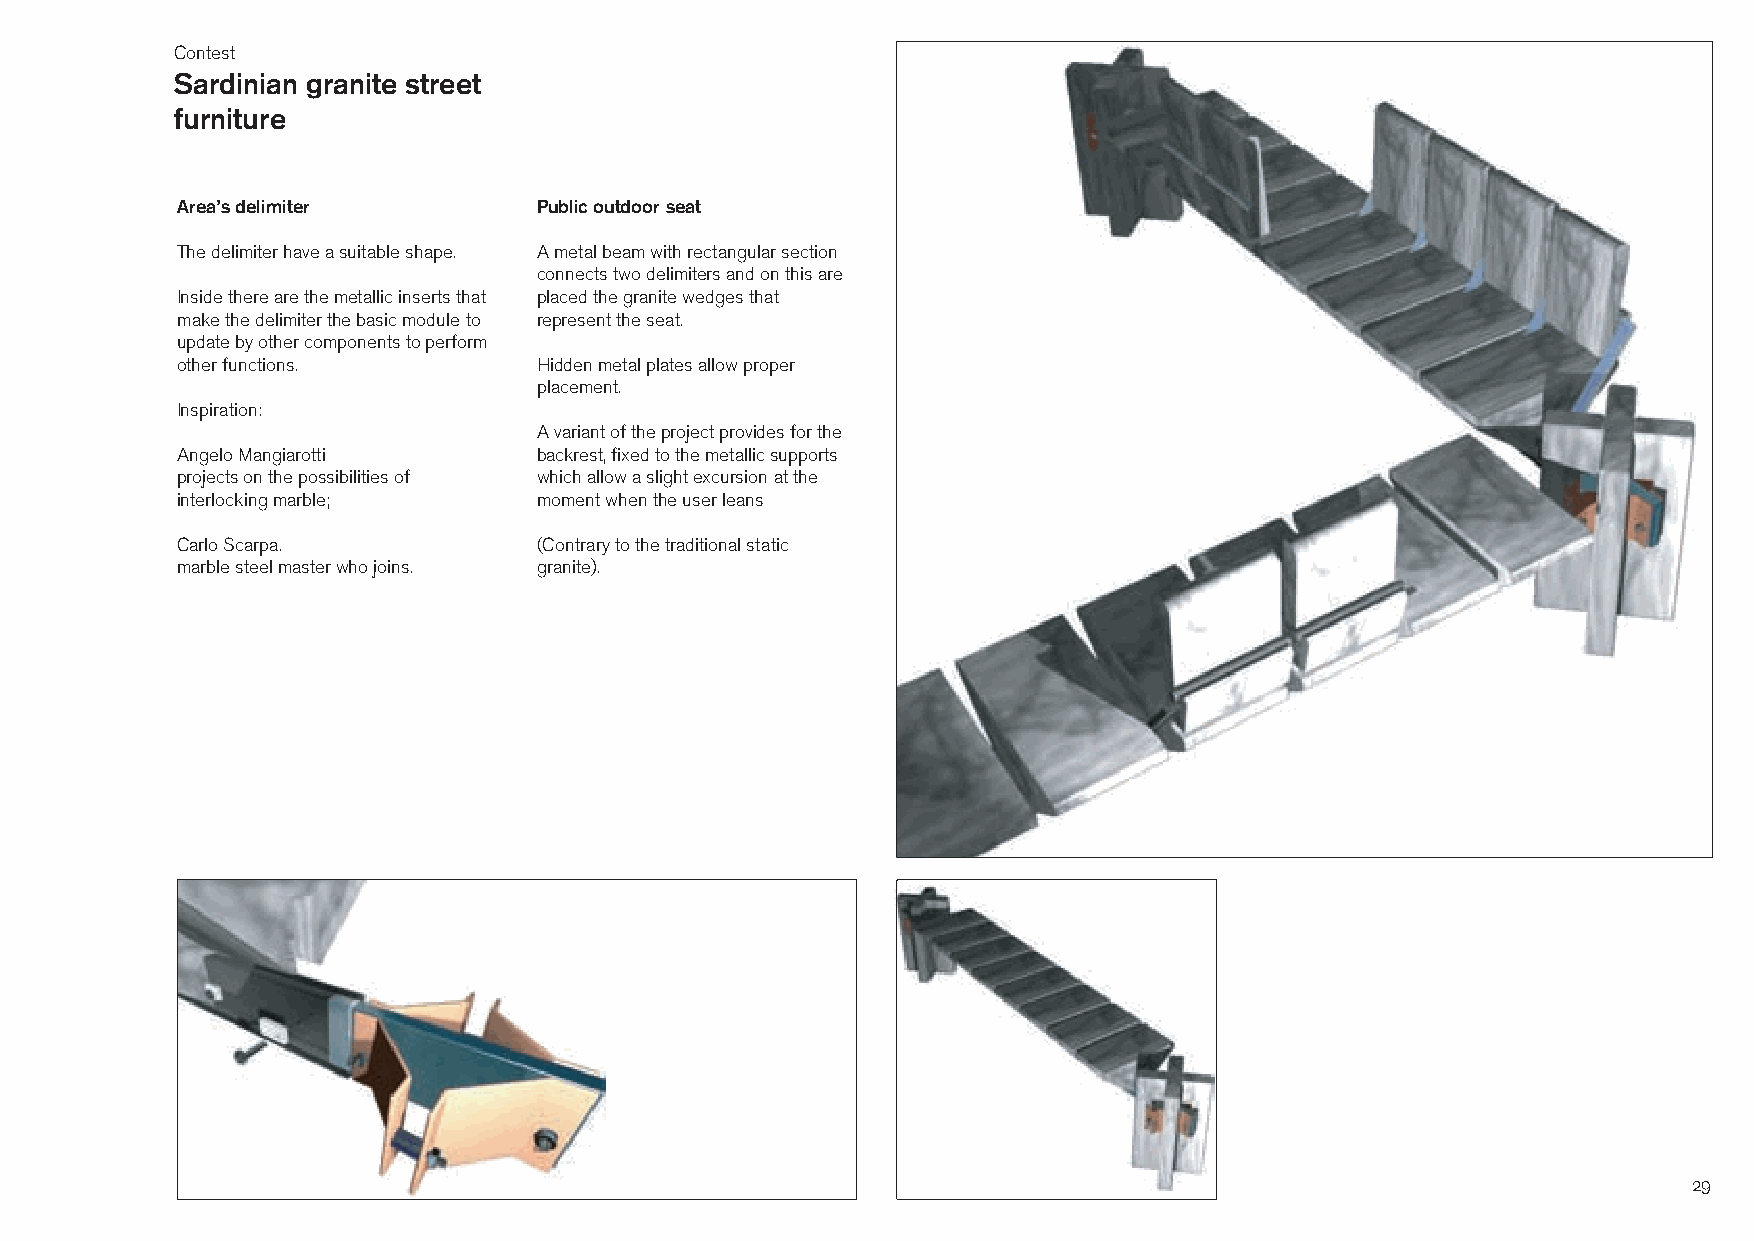
Contest
 Sardinian granite street
 furniture
 Area’s delimiter        Public outdoor seat
 The delimiter have a suitable shape. A metal beam with rectangular section
 connects two delimiters and on this are
 Inside there are the metallic inserts that placed the granite wedges that
 make the delimiter the basic module to represent the seat.
 update by other components to perform
 other functions.        Hidden metal plates allow proper
 placement.
 Inspiration:
 A variant of the project provides for the
 Angelo Mangiarotti      backrest, fixed to the metallic supports
 projects on the possibilities of which allow a slight excursion at the
 interlocking marble;    moment when the user leans
 Carlo Scarpa.           (Contrary to the traditional static
 marble steel master who joins. granite).
 29